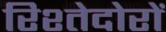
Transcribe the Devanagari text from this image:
रिश्तेदोरों